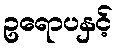
ဥရောပနှင့်